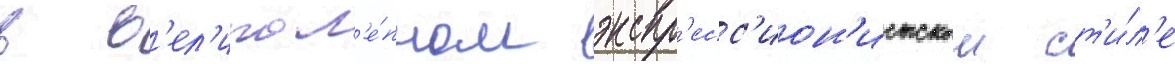
в в'ел'икол'е́пном экспр'есс'ион'истском ст'и́л'е